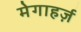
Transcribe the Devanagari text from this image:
मेगाहर्ज़